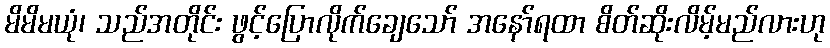
မိမိမယုံ၊ သည်အတိုင်း ဖွင့်ပြောလိုက်ချေသော် အနော်ရထာ စိတ်ဆိုးလိမ့်မည်လားဟု